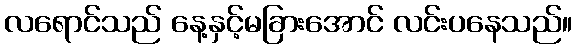
လရောင်သည် နေ့နှင့်မခြားအောင် လင်းပနေသည်။